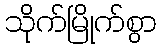
သိုက်မြိုက်စွာ